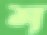
শ